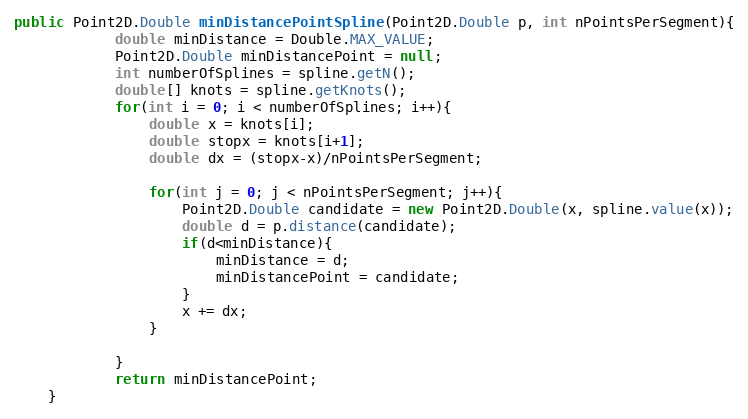
Language: Java
public Point2D.Double minDistancePointSpline(Point2D.Double p, int nPointsPerSegment){
			double minDistance = Double.MAX_VALUE;
			Point2D.Double minDistancePoint = null;
		    int numberOfSplines = spline.getN();
		    double[] knots = spline.getKnots();
		    for(int i = 0; i < numberOfSplines; i++){
		    	double x = knots[i];
		    	double stopx = knots[i+1];
		    	double dx = (stopx-x)/nPointsPerSegment;

		    	for(int j = 0; j < nPointsPerSegment; j++){
		    		Point2D.Double candidate = new Point2D.Double(x, spline.value(x));
		    		double d = p.distance(candidate);
		    		if(d<minDistance){
		    			minDistance = d;
		    			minDistancePoint = candidate;
		    		}
		    		x += dx;
		    	}

		    }
		    return minDistancePoint;
	}